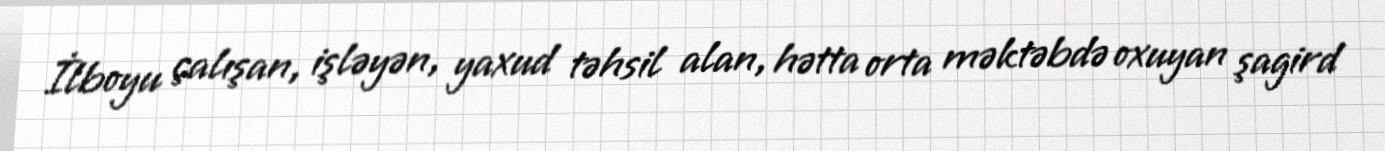
İlboyu çalışan, işləyən, yaxud təhsil alan, hətta orta məktəbdə oxuyan şagird